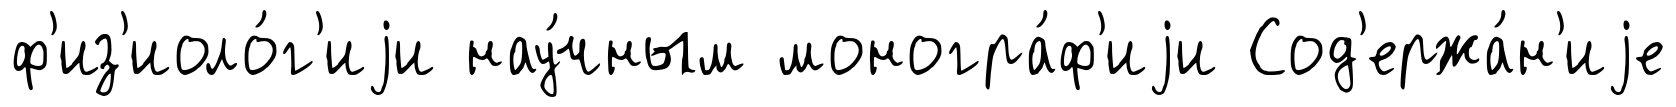
ф'из'иоло́г'иjи нау́чным моногра́ф'иjи Сод'ержа́н'иjе